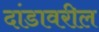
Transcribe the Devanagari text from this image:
दांडावरील